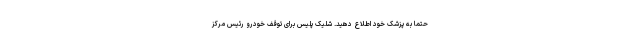
حتماً به پزشک خود اطلاع دهید. شلیک پلیس برای توقف خودرو رئیس مرکز